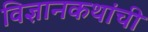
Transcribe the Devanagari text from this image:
विज्ञानकथांची